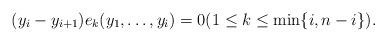
LaTeX: \begin{align*}(y_i-y_{i+1}) e_k(y_1,\ldots,y_i) = 0(1\le k\le \min\{i,n-i\}).\end{align*}